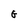
Character: G